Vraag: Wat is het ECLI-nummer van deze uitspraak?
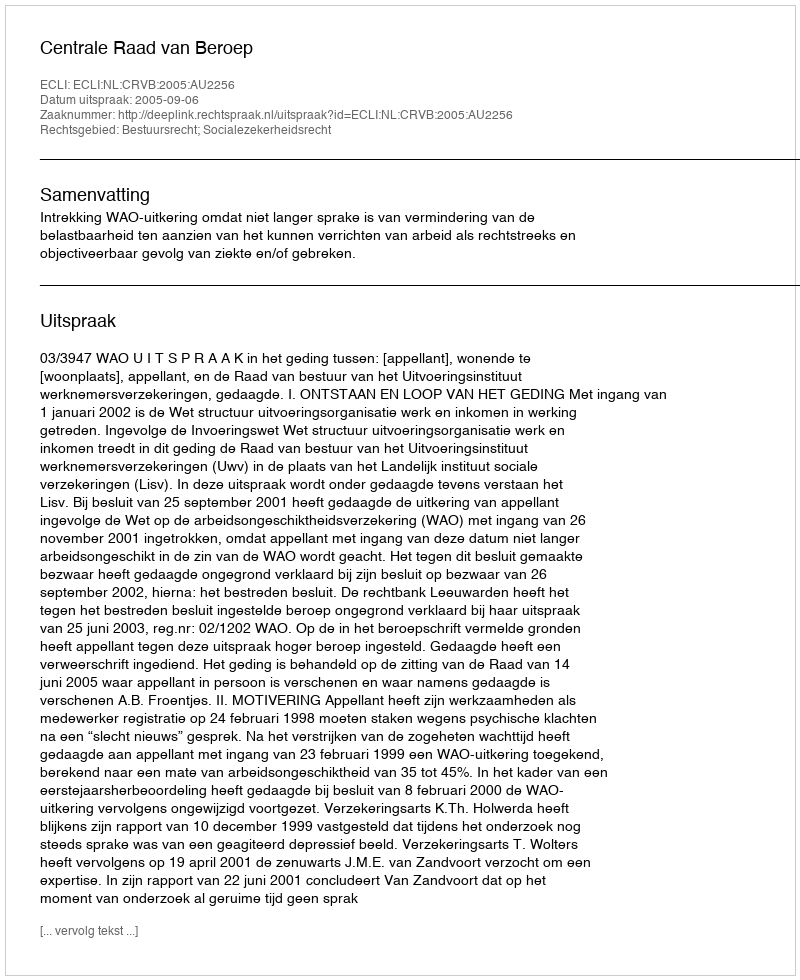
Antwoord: ECLI:NL:CRVB:2005:AU2256